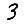
Digit: 3